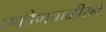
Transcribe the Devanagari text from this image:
एकोणचाळीसवे